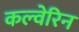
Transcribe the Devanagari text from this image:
कल्वेरिन